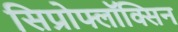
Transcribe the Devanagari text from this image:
सिप्रोफ्लॉक्सिन